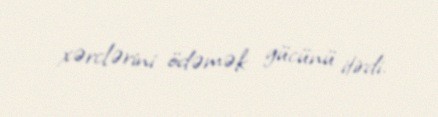
xərclərini ödəmək gücünü itirdi.